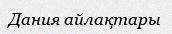
Дания айлақтары